Report on vaccination in Madras 1904-1921 - 1904-1921
Year: 1904
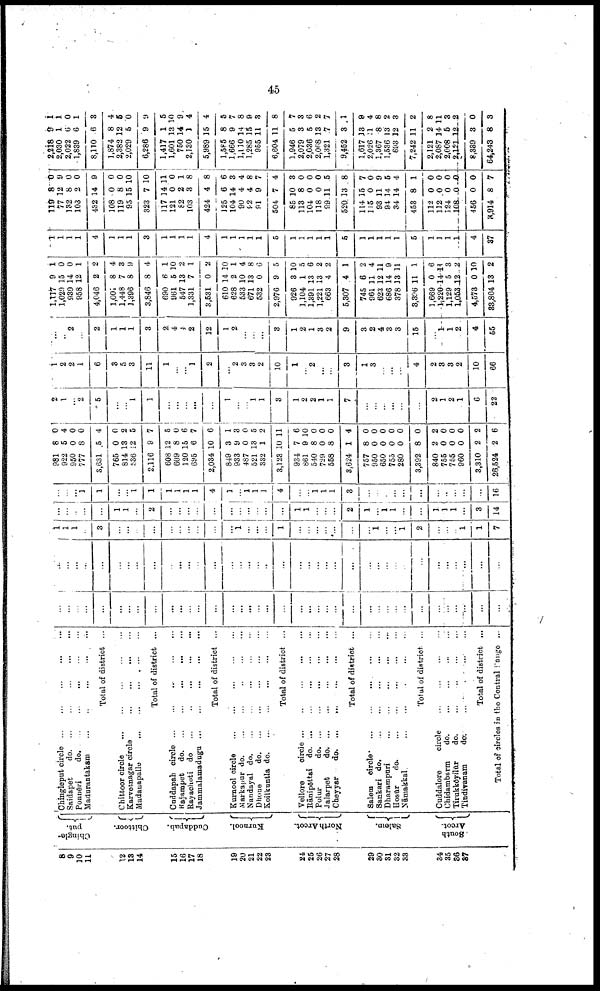
45
8
9
10
11
12
13
14
15
16
17
18
19
20
21
22
23
24
25
26
27
28
29
30
31
32
33
34
35
36
37
Chingle¬
put.
Chittoor.
Cuddapah.
Kurnool.
North Arcot.
Salem.
South
Arcot.
Chingleput circle
...
...
...
...
...
Saidapet
do. ... ... ... ... ...
Ponnēri
do.
...
...
...
...
...
Madurantakam
...
...
...
...
...
Total of district ...
Chittoor circle
...
...
...
...
...
Karvetnagar circle
...
...
...
...
Madanapalle
...
...
...
...
...
Total of district ...
Cuddapah circle
...
...
...
...
...
Rajampet
do. ... ... ... ... ...
Rayachoti do
...
...
...
...
...
Jammalamadugu
...
...
...
...
...
Total of district ...
Kurnool circle
...
...
...
...
...
Markapur do.
...
...
...
...
...
Nandayal
do. ... ... ... ... ...
Dhone
do. ... ... ... ... ...
Koilkuntla
do.
...
...
...
...
...
Total of district ...
Vellore
circle
...
...
...
...
...
Rānipēttai
do. ... ... ... ... ...
Polur
d
o
. ... ... ... ... ...
Jalarpet
d
o
. ... ... ... ... ...
Cheyyar
do. ... ... ... ... ...
Total of district ...
Salem circles
...
...
...
...
...
Sankari do.
...
...
...
...
...
Dharampuri
...
...
...
...
...
Hosur
do.
...
...
...
...
...
...
Nāmakkal.
...
...
...
...
...
Total of district. ...
Cuddalore
circle
...
...
...
...
Chidambarm
do.
...
...
...
...
Tirukkōyilūr
do. ... ... ... ...
Tindivanam
do.
...
...
...
...
Total of district ...
Total of circles in the Central Range ...
...
...
...
...
...
...
...
...
...
...
...
...
...
...
...
...
...
...
...
...
...
...
...
...
...
...
...
...
...
...
...
...
...
...
...
...
...
...
...
...
...
...
...
...
...
...
...
...
...
...
...
...
...
...
...
...
...
...
...
...
...
...
...
...
...
...
...
...
...
...
...
...
...
...
...
...
1
1
1
...
3
...
...
...
...
...
...
...
...
...
...
1
...
...
...
1
...
...
...
...
...
...
...
1
...
...
1
2
...
...
...
1
1
7
...
...
...
...
...
1
1
...
2
...
...
...
...
...
...
...
...
...
...
...
1
1
...
...
...
2
1 ...
1
1
...
...
1
1
1
...
3
14
...
...
...
1
1
...
...
1
1
1
1
1
1
4
1
...
1
1
1
4
...
...
1
1
1
3
...
...
...
...
...
...
...
...
...
...
...
16
981
922
950
777
3,631
765
814
536
2,116
608
609
120
695
2,034
849
933
487
521
332
3,123
934
861
540
729
558
3,624
757
950
650
755
280
3,392
840
755
755
960
3,310
26,524
8
5
0
8
5
0
13
12
9
12
8
15
6
10
3
9
0
13
1
10
7
9
8
0
8
1
8
0
0
0
0
8
2
0
0
0
2
2
0
4
0
0
4
0
2
5
7
5
0
6
7
6
1
3
0
5
2
11
6
10
0
0
0
4
0
0
0
0
0
0
2
0
0
0
2
6
2
1
...
2
5
...
...
1
1
...
...
...
...
...
1
...
...
1
1
3
1
2
2
1
1
7
...
...
...
...
...
...
2
1
2
1
6
22
1
2
2
1
6
3
5
3
11
1
...
...
1
2
...
2
3
3
2
10
1
...
2
...
...
3
1
3
...
...
...
4
2
3
3
2
10
66
...
...
2
...
2
1
1
1
3
2
4
4
2
12
1
2
...
...
...
3
1
2
1
3
2
9
3
2
4
3
3
15
...
1
1
2
4
55
1,117
1,021
939
958
4,046
1,001
1,448
1,396
3,846
690
961
547
1,331
3,531
610
628
533
671
532
2,976
926
1,104
1,391
1,221
663
5,307
745
961
623
686
378
3,396
1,669
1,220
1,129
1,053
4,573
33,804
9
15
14
12
2
8
7
8
8
6
5
13
7
0
14
2
10
13
0
9
3
1
13
13
4
4
6
11
12
14
13
11
0
14
5
12
0
13
1
0
0
1
2
4
3
9
4
1
10
2
1
2
20
1
4
8
6
5
10
5
6
2
2
1
2
4
11
9
11
1
6
11 3
2
10
2
1
1
1
1
4
1
1
1
3
1
1
1
1
4
1
1
1
1
1
5
1
1
1
1
1
5
1
1
1
1
1
5
1
1
1
1
4
37
119
77
132
103
432
108
119
95
323
117
121
82
103
424
125
104
90
92
91
504
85
113
104
118
99
520
114
115
93
94
34
453
112
112
124
108
456
3,914
8
12
8
2
14
0
8
15
7
14
0
2
3
4
6
14
4
4
9
7
10
8
0
0
11
13
15
0
11
14
14
8
0
0
0
0
0
8
0
9
0
0
9
0
0
10
10
11
0
1
8
8
6
3
4
8
7
4
3
0
0
0
5
8
7
0
9
5
4
1
0
0
0
0
0
7
2,218
2,030
2,022
1,839
8,110
1,874
2,382
2,029
6,286
1,417
1,601
750
2,130
5,989
1,585
1,666
1,110
1,285
955
6,604
1,946
2,079
2,036
2,068
1,321
9,452
1,617
2,026
1,367
1,536
693
7,242
2,121
2,087
2,008
2,121
8,339
64,243
9
1
6
6
6
8
12
5
9
1
13
14
1
15
8
9
14
15
11
11
5
3
5
13
7
3
13
11
8
13
12
11
2
14
5
12
3
8
1
1
0
1
3
4
5
0
9
5
10
9
4
4
5
7
8
9
3
8
7
3
6
2
7
1
9
4
8
2
3
2
8
11
3
2
0
3